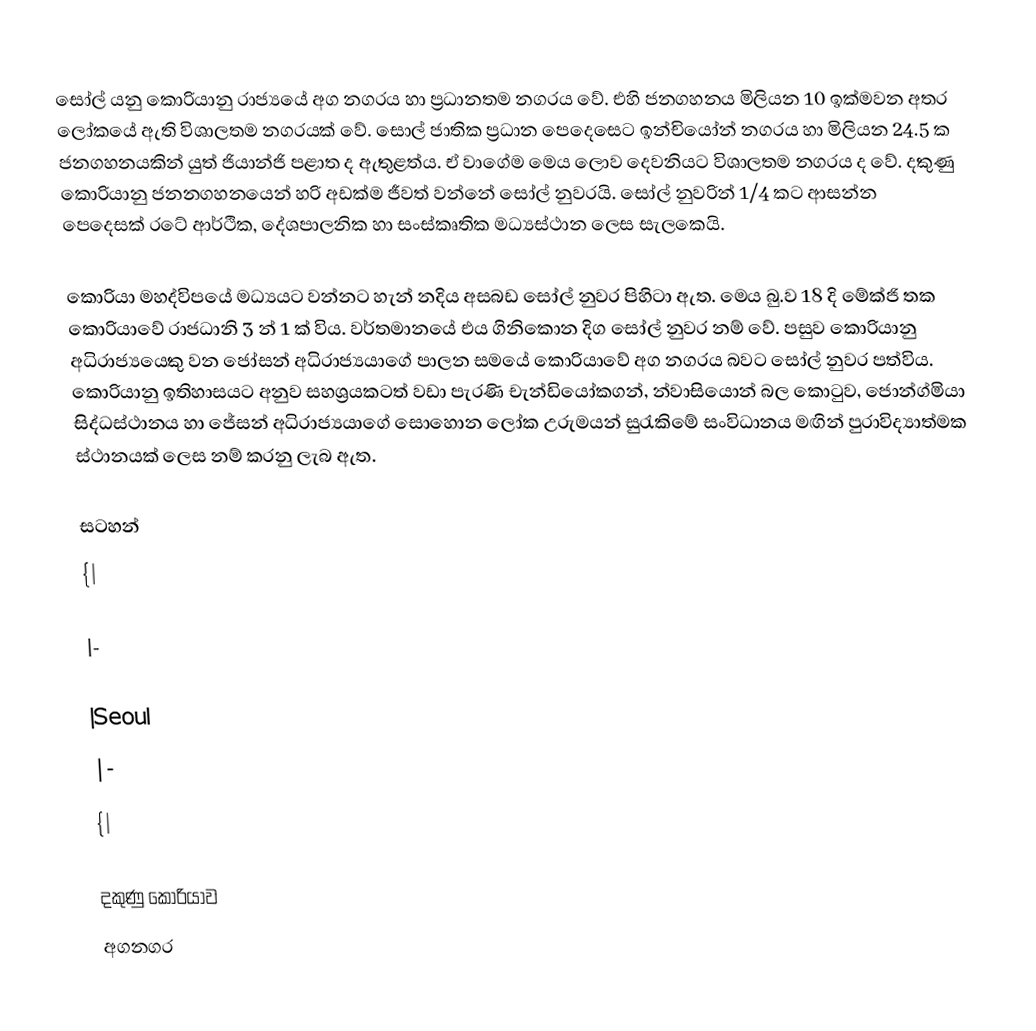
සෝල් යනු කොරියානු රාජ්‍යයේ අග නගරය හා ප්‍රධානතම නගරය වේ. එහි ජනගහනය මිලියන 10 ඉක්මවන අතර ලෝකයේ ඇති විශාලතම නගරයක් වේ. සොල් ජාතික ප්‍රධාන පෙදෙසෙට ඉන්චියෝන් නගරය හා මිලියන 24.5 ක ජනගහනයකින් යුත් ජියාන්ජි පළාත ද ඇතුළත්ය. ඒ වාගේම මෙය ලොව දෙවනියට විශාලතම නගරය ද වේ. දකුණු කොරියානු ජනනගහනයෙන් හරි අඩක්ම ජීවත් වන්නේ සෝල් නුවරයි. සෝල් නුවරින් 1/4 කට ආසන්න පෙදෙසක් රටේ ආර්ථික, දේශපාලනික හා සංස්කෘතික මධ්‍යස්ථාන ලෙස සැලකෙයි.

කොරියා මහද්විපයේ මධ්‍යයට වන්නට හැන් නදිය අසබඩ සෝල් නුවර පිහිටා ඇත. මෙය බු.ව 18 දි මේක්ජි තක කොරියාවේ රාජධානි 3 න් 1 ක් විය. වර්තමානයේ එය ගිනිකොන දිග සෝල් නුවර නම් වේ. පසුව කොරියානු අධිරාජ්‍යයෙකු වන ජෝසන් අධිරාජ්‍යයාගේ පාලන සමයේ කොරියාවේ අග නගරය බවට සෝල් නුවර පත්විය. කොරියානු ඉතිහාසයට අනුව සහශ්‍රයකටත් වඩා පැරණි චැන්ඩියෝකගන්, න්වාසියොන් බල කොටුව, ජොන්ග්මියා සිද්ධස්ථානය හා ජේසන් අධිරාජ්‍යයාගේ සොහොන ලෝක උරුමයන් සුරැකිමේ සංවිධානය මඟින් පුරාවිද්‍යාත්මක ස්ථානයක් ලෙස නම් කරනු ලැබ ඇත.

සටහන්
{|

|-

|Seoul
|-
{|

දකුණු කොරියාව
අගනගර